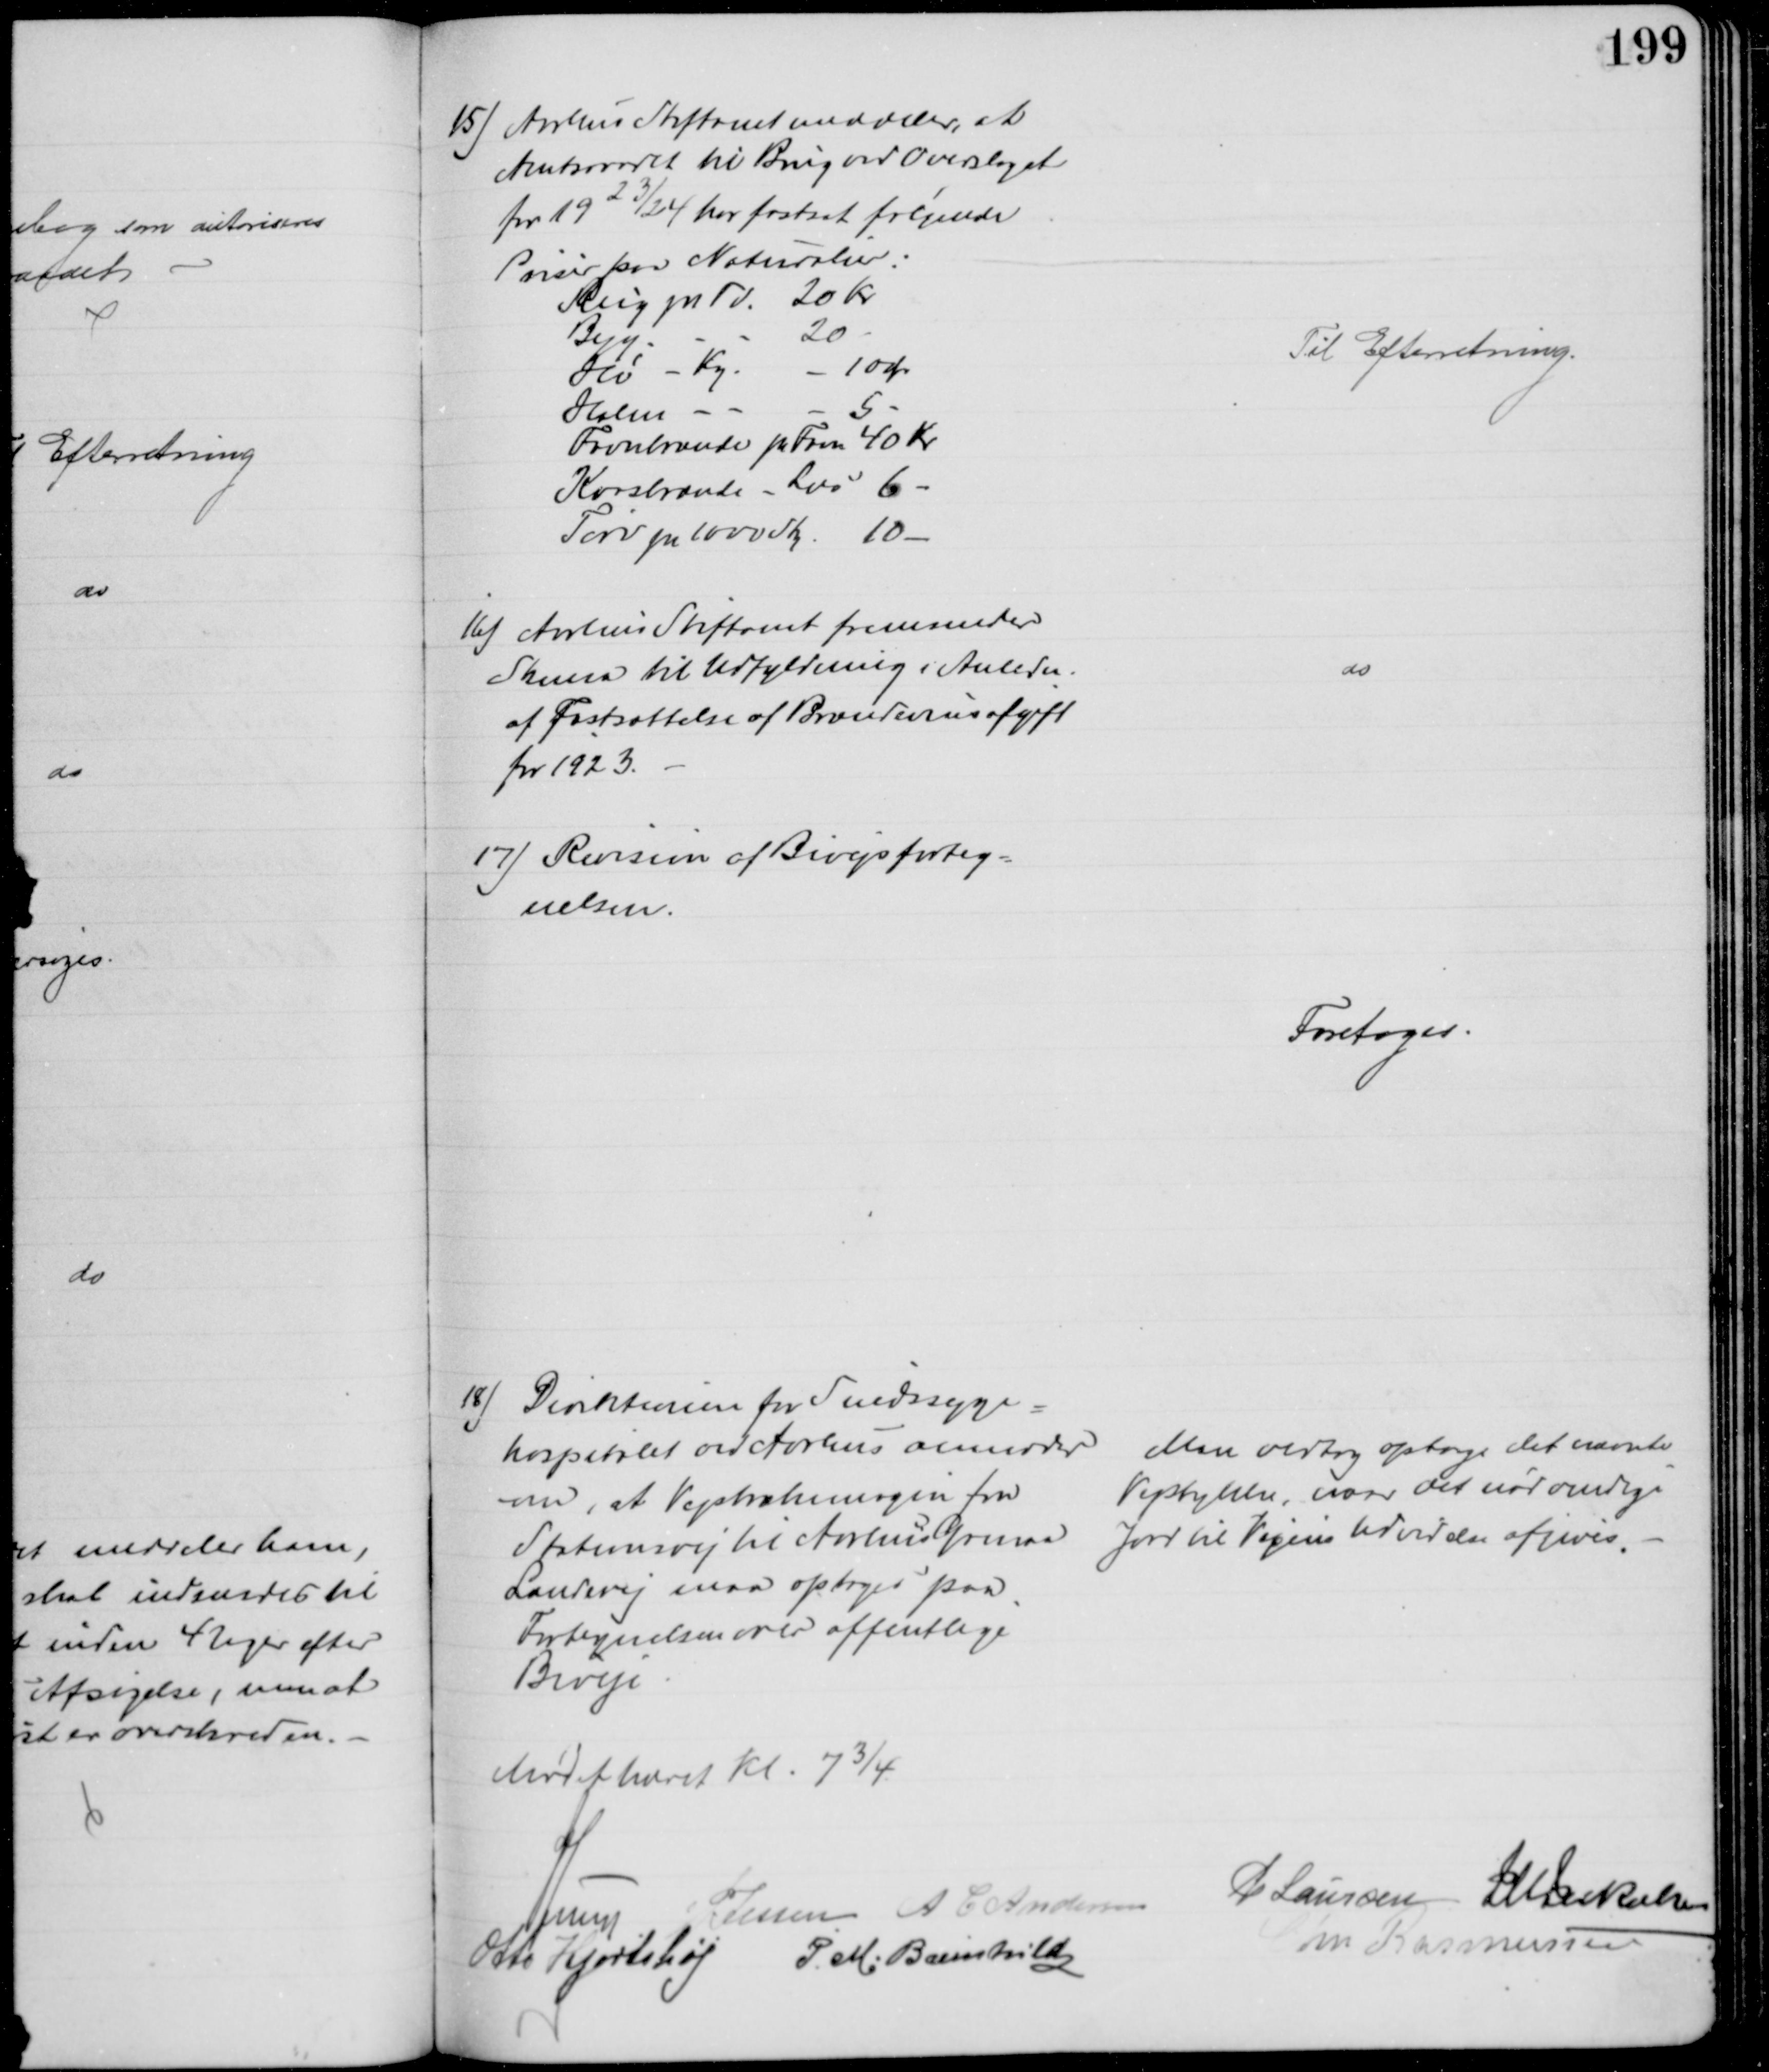
Transskription:
15) Aarhus Stiftamt meddeler, at
Amtsraadet til Brug ved Overslaget
for 1923/24 har fastsat følgende
Priser for Naturalier:
Rug pr . 20 Kr
Byg
20 
Hø
Kg
10 Ør
Halm
5
Favnbrænde pr Favn 40 Kr
Kvasbrænde - Læs 6
Tørv pr 1000 Sty 10 
Til Efterretning.
16) Aarhus Stiftamt fremsender
Skema til Udfyldning i Anledn.
af Fastsættelse af Brændevinsafgift
for 1923.
do
17) Revision af Bivejsforteg=
nelsen.
Foretoges.
18) Direktionen for Sindssyge-
hospitalet ved Aarhus anmoder
om, at Vejstrækningen fra
Stationsvej til Aarhus Grenaa
Landevej maa optages paa
Fortegnelsen over offentlige
Biveje
Man vedtog optage det nævnte 
Vejstykke, naar det nødvendige
Jord til Vejens Udvidelse afgives.
Mødet hævet Kl. 7¾
A Lund
P Jessen A C Andersen
P Laursen J M Jakobsen
Otto Hjortshøj
P. M. Breinhild
Chr Rasmussen